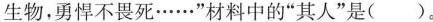
生物，勇悍不畏死……”材料中的”其人”是()。